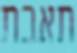
תאבת